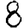
Digit: 8